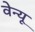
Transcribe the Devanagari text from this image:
वेन्यू